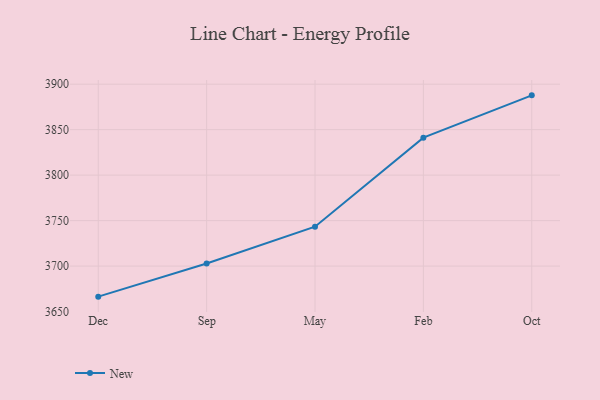
{"axis": {"x": "Month", "y": "Humidity (%)"}, "legend": ["New"], "data": [{"x": "Dec", "y": 3666.4, "type": "New"}, {"x": "Sep", "y": 3702.8, "type": "New"}, {"x": "May", "y": 3743.3, "type": "New"}, {"x": "Feb", "y": 3841.2, "type": "New"}, {"x": "Oct", "y": 3887.7, "type": "New"}]}